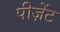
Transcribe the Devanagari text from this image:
पीज़ेंट